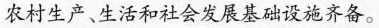
农村生产、生活和社会发展基础设施齐备。